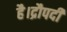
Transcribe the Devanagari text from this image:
है।द्रौपदी